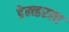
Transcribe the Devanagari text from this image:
डेन्व्हरला